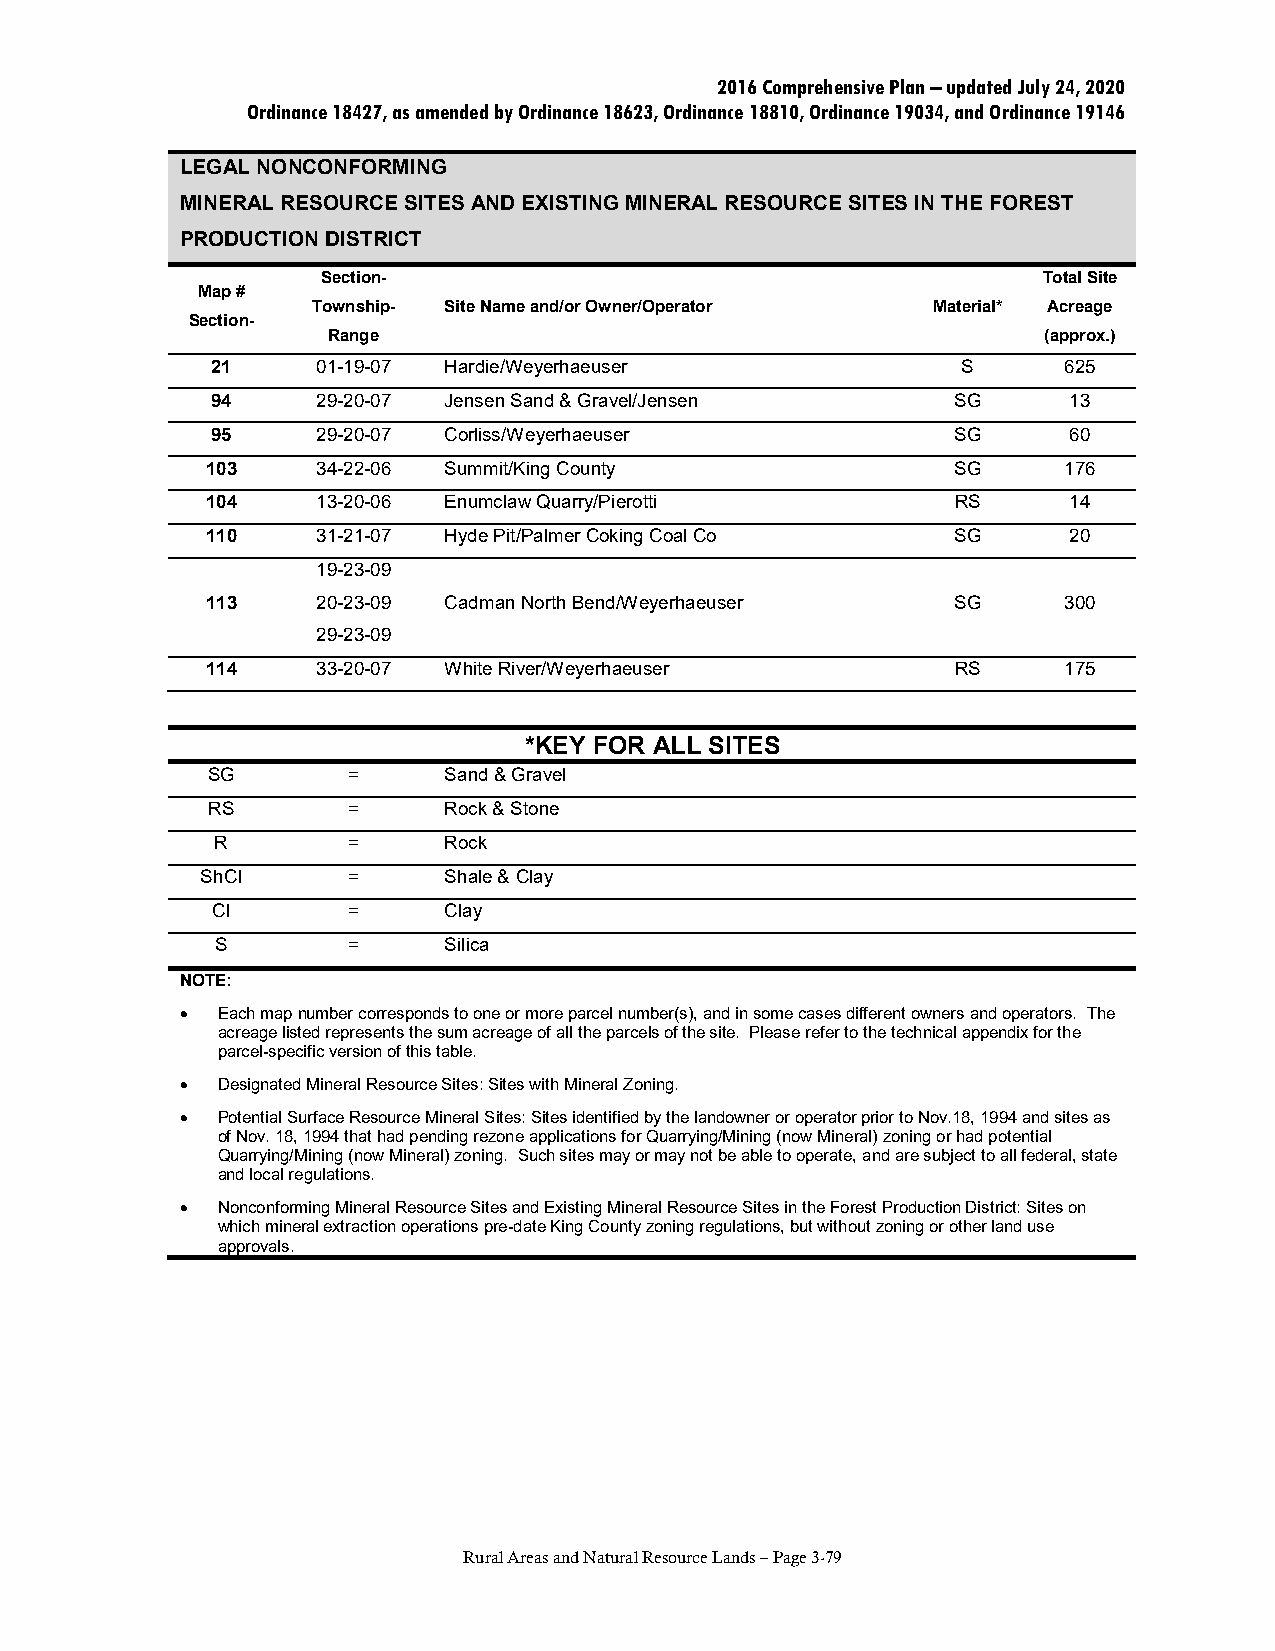
2016 Comprehensive Plan – updated July 24, 2020
 Ordinance 18427, as amended by Ordinance 18623, Ordinance 18810, Ordinance 19034, and Ordinance 19146
 LEGAL NONCONFORMING
 MINERAL RESOURCE SITES AND EXISTING MINERAL RESOURCE SITES IN THE FOREST
 PRODUCTION DISTRICT
 Section-                                        Total Site
 Map #
 Township- Site Name and/or Owner/Operator Material* Acreage
 Section-
 Range                                          (approx.)
 21     01-19-07 Hardie/Weyerhaeuser               S     625
 94     29-20-07 Jensen Sand & Gravel/Jensen      SG      13
 95     29-20-07 Corliss/Weyerhaeuser             SG      60
 103    34-22-06 Summit/King County               SG     176
 104    13-20-06 Enumclaw Quarry/Pierotti         RS      14
 110    31-21-07 Hyde Pit/Palmer Coking Coal Co   SG      20
 19-23-09
 113    20-23-09 Cadman North Bend/Weyerhaeuser   SG     300
 29-23-09
 114    33-20-07 White River/Weyerhaeuser         RS     175
 *KEY FOR ALL SITES
 SG       =     Sand & Gravel
 RS       =     Rock & Stone
 R        =     Rock
 ShCI      =     Shale & Clay
 CI       =     Clay
 S        =     Silica
 NOTE:
 • Each map number corresponds to one or more parcel number(s), and in some cases different owners and operators. The
 acreage listed represents the sum acreage of all the parcels of the site. Please refer to the technical appendix for the
 parcel-specific version of this table.
 • Designated Mineral Resource Sites: Sites with Mineral Zoning.
 • Potential Surface Resource Mineral Sites: Sites identified by the landowner or operator prior to Nov.18, 1994 and sites as
 of Nov. 18, 1994 that had pending rezone applications for Quarrying/Mining (now Mineral) zoning or had potential
 Quarrying/Mining (now Mineral) zoning. Such sites may or may not be able to operate, and are subject to all federal, state
 and local regulations.
 • Nonconforming Mineral Resource Sites and Existing Mineral Resource Sites in the Forest Production District: Sites on
 which mineral extraction operations pre-date King County zoning regulations, but without zoning or other land use
 approvals.
 Rural Areas and Natural Resource Lands – Page 3-79